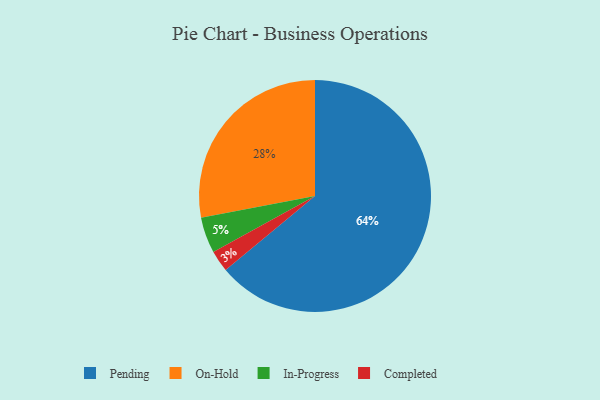
{"axis": {"x": "Category", "y": "Percentage"}, "legend": ["Completed", "In-Progress", "On-Hold", "Pending"], "data": [{"x": "On-Hold", "y": 28, "type": "On-Hold"}, {"x": "Pending", "y": 64, "type": "Pending"}, {"x": "In-Progress", "y": 5, "type": "In-Progress"}, {"x": "Completed", "y": 3, "type": "Completed"}]}